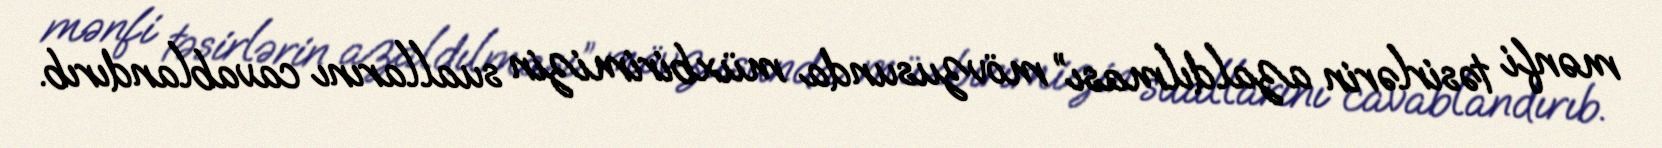
mənfi təsirlərin azaldılması” mövzusunda müxbirimizin suallarını cavablandırıb.